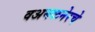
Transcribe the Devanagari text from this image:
वअमळनेरचे